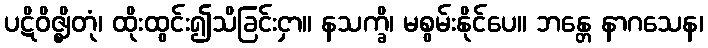
ပဋိဝိဇ္ဈိတုံ၊ ထိုးထွင်း၍သိခြင်းငှာ။ နသက္ခိ၊ မစွမ်းနိုင်ပေ။ ဘန္တေ နာဂသေန၊